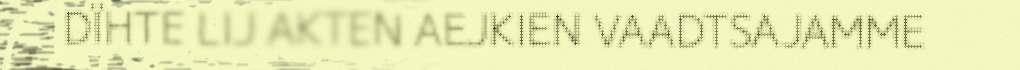
DÏHTE LIJ AKTEN AEJKIEN VAADTSAJAMME